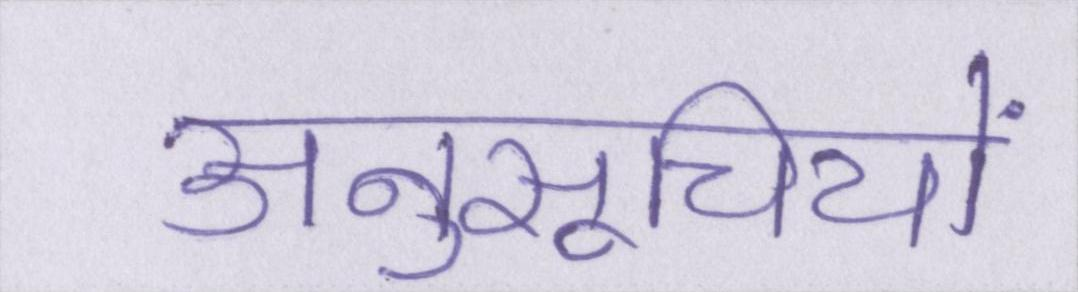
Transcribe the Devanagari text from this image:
अनुसूचियों